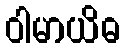
ဝါမာယိဓ